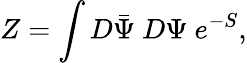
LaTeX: Z=\int D\bar{\Psi}~D\Psi~e^{-S},